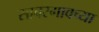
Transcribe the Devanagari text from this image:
सावरगावच्या